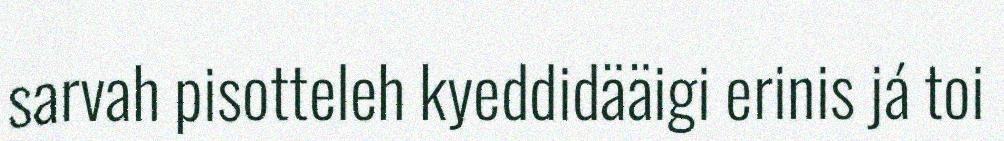
sarvah pisotteleh kyeddidääigi erinis já toi